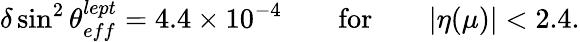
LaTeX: \delta\sin^{2}\theta_{eff}^{lept}=4.4\times 10^{-4}\qquad\mathrm{for}\qquad|\eta(\mu)|<2.4.